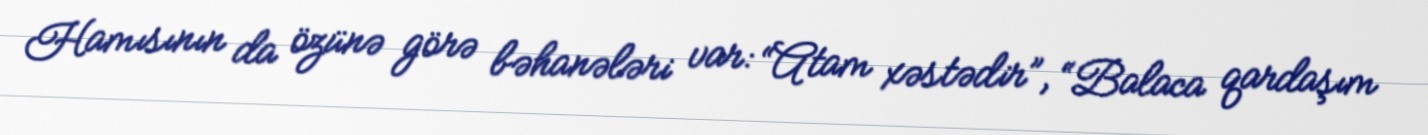
Hamısının da özünə görə bəhanələri var: “Atam xəstədir”, “Balaca qardaşım